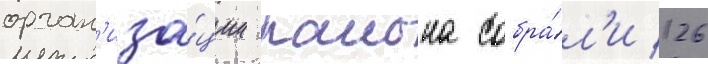
орган'иза́ции раиона собра́л'и 126